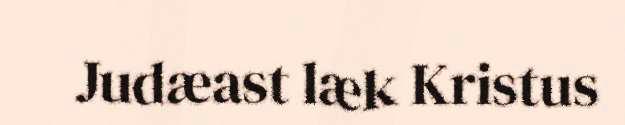
Judæast læk Kristus